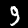
Label: 9